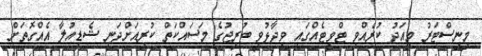
މިނިސްޓަރު މިއަދު ކުރެއްވި ޓްވީޓެއްގައި ވިދާޅުވީ ބުރިޖުގެ މަސައްކަތް ކުރިއަށްދަނީ ޝެޑިއުލާ އެއްގޮތަށް